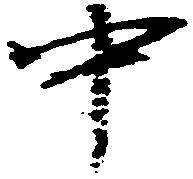
中